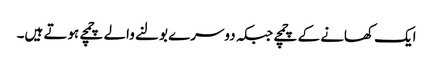
ایک کھانے کے چمچے جبکہ دوسرے بولنے والے چمچے ہوتے ہیں۔